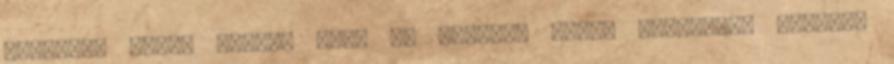
ruházati cégek Quelle vagy az üdülési jogok árusítói. Forrás: